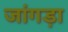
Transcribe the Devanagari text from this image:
जांगड़ा